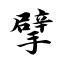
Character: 擘